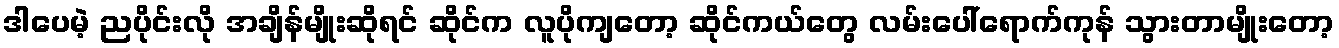
ဒါပေမဲ့ ညပိုင်းလို အချိန်မျိုးဆိုရင် ဆိုင်က လူပိုကျတော့ ဆိုင်ကယ်တွေ လမ်းပေါ်ရောက်ကုန် သွားတာမျိုးတော့